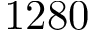
1 2 8 0